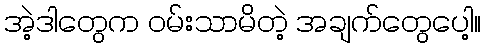
အဲ့ဒါတွေက ဝမ်းသာမိတဲ့ အချက်တွေပေါ့။